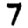
Digit: 7